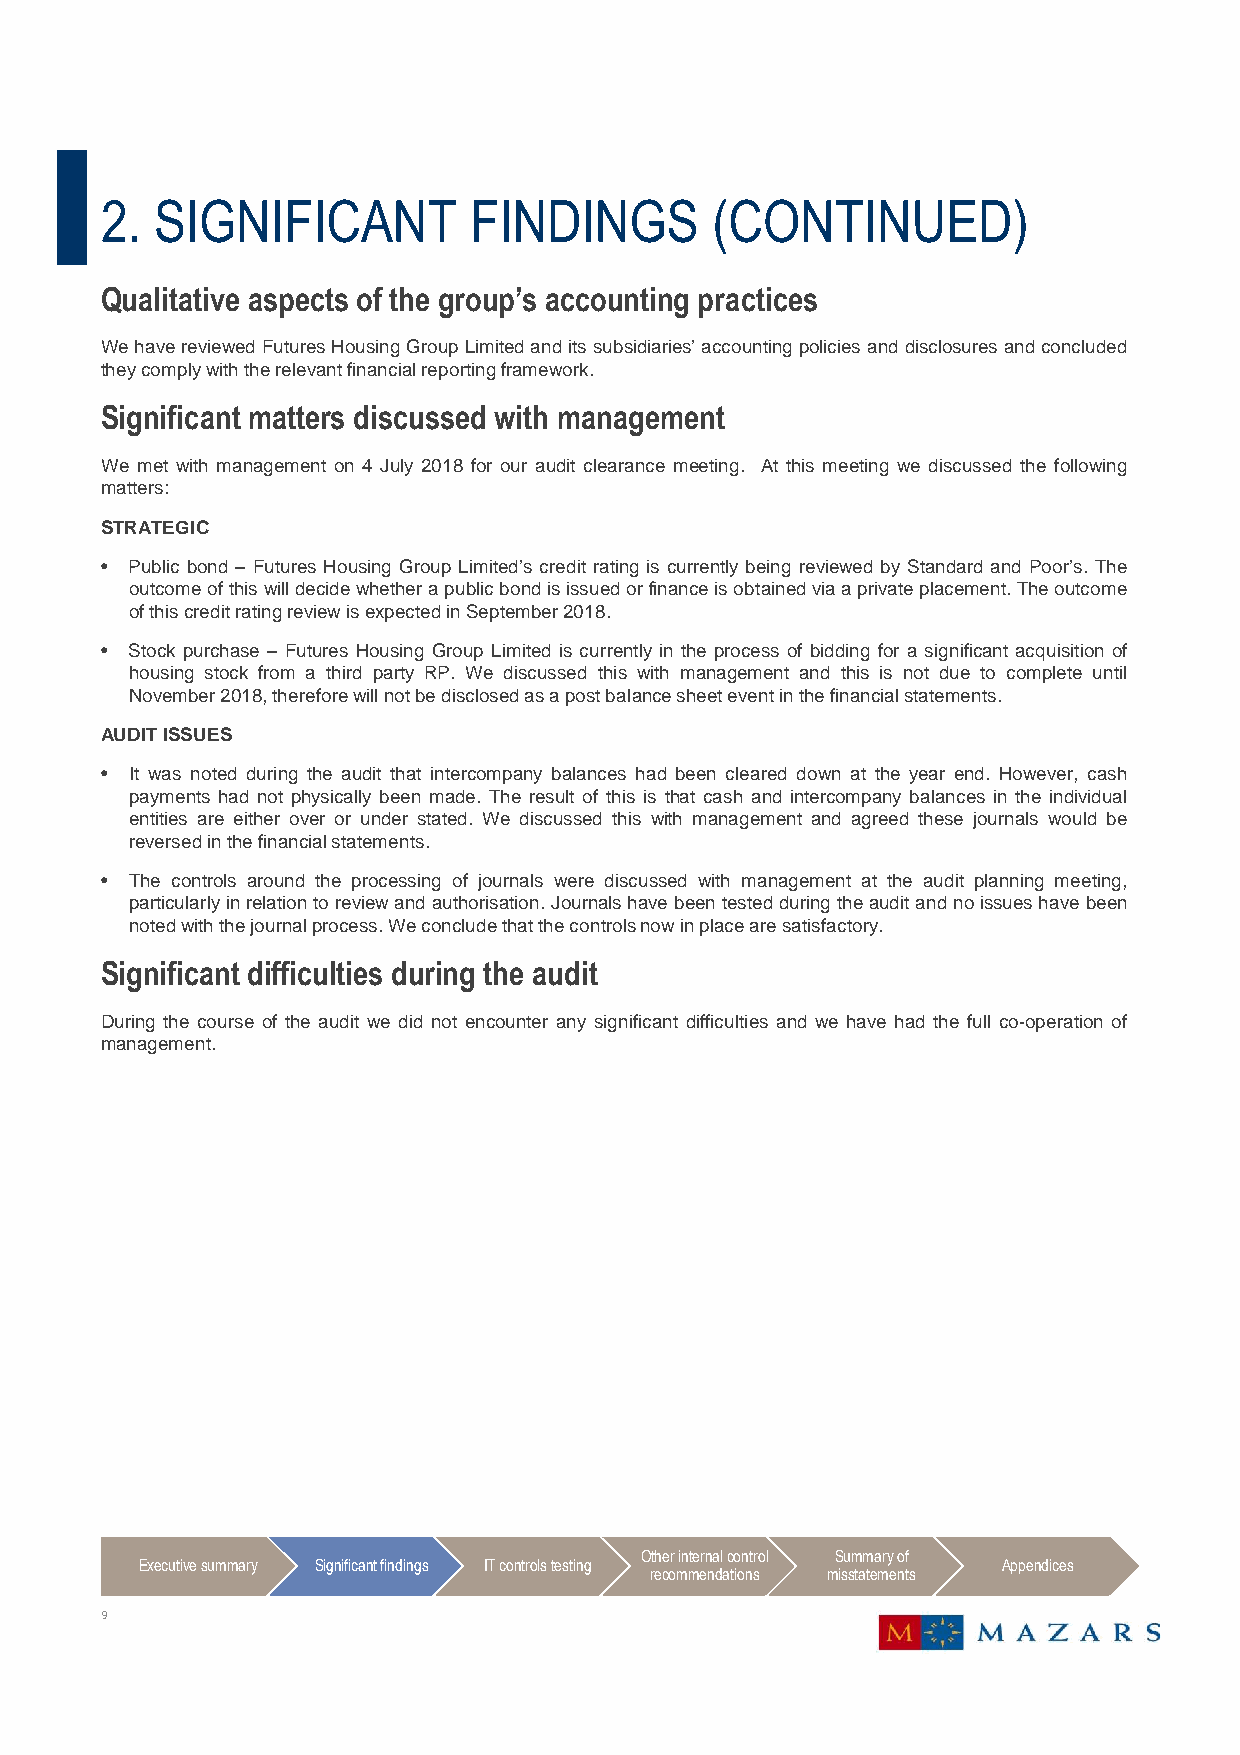
2. SIGNIFICANT          FINDINGS        (CONTINUED)
 Qualitative aspects of the group’s accounting practices
 WehavereviewedFuturesHousingGroupLimitedanditssubsidiaries’accountingpoliciesanddisclosuresandconcluded
 theycomplywiththerelevantfinancialreportingframework.
 Significant matters discussed with management
 We met with management on 4 July 2018 for our audit clearance meeting. At this meeting we discussed the following
 matters:
 STRATEGIC
 • Public bond – Futures Housing Group Limited’s credit rating is currently being reviewed by Standard and Poor’s. The
 outcomeofthiswilldecidewhetherapublicbondisissuedorfinanceisobtainedviaaprivateplacement.Theoutcome
 ofthiscreditratingreviewisexpectedinSeptember2018.
 • Stock purchase – Futures Housing Group Limited is currently in the process of bidding for a significant acquisition of
 housing stock from a third party RP. We discussed this with management and this is not due to complete until
 November2018,thereforewillnotbedisclosedasapostbalancesheeteventinthefinancialstatements.
 AUDITISSUES
 • It was noted during the audit that intercompany balances had been cleared down at the year end. However, cash
 payments had not physically been made. The result of this is that cash and intercompany balances in the individual
 entities are either over or under stated. We discussed this with management and agreed these journals would be
 reversedinthefinancialstatements.
 • The controls around the processing of journals were discussed with management at the audit planning meeting,
 particularlyinrelationtoreviewandauthorisation.Journalshavebeentestedduringtheauditandnoissueshavebeen
 notedwiththejournalprocess.Weconcludethatthecontrolsnowinplacearesatisfactory.
 Significant difficulties during the audit
 During the course of the audit we did not encounter any significant difficulties and we have had the full co-operation of
 management.
 Other internal control Summary of
 Executive summary Significant findings IT controls testing Appendices
 recommendations misstatements
 9